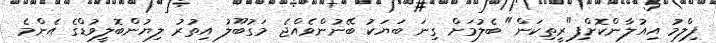
ފިލްމު އިއުލާންކޮށްފި"ރީތިކަން" ބެލުމަށް ގިނަ ބަޔަކު ބޭނުންވެއްޖެ މަގުބޫލު އިތުރު ލިޔުންބޮލީވުޑްގެ އެންމެ